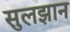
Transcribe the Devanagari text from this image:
सुलझान